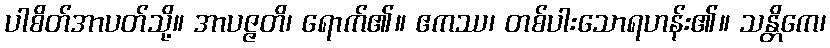
ပါစိတ်အာပတ်သို့။ အာပဇ္ဇတိ၊ ရောက်၏။ ဧကဿ၊ တစ်ပါးသောရဟန်း၏။ သန္တိကေ၊